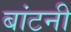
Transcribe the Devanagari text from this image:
बांटनी